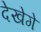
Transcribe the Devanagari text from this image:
देखेगे